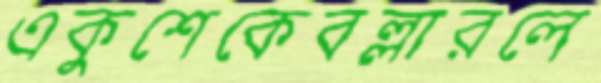
একুশেকেবল্লারলে